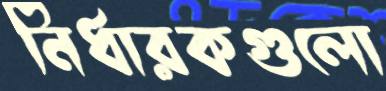
নির্ধারকগুলো